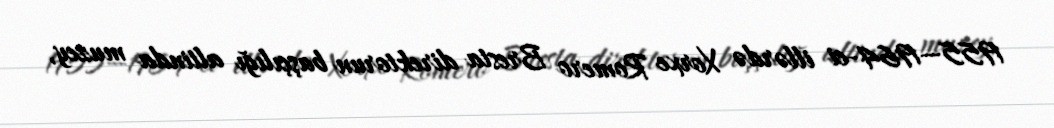
1955—1964-ci illərdə Xorxe Romero Bresta direktorun başçılığı altinda muzey,